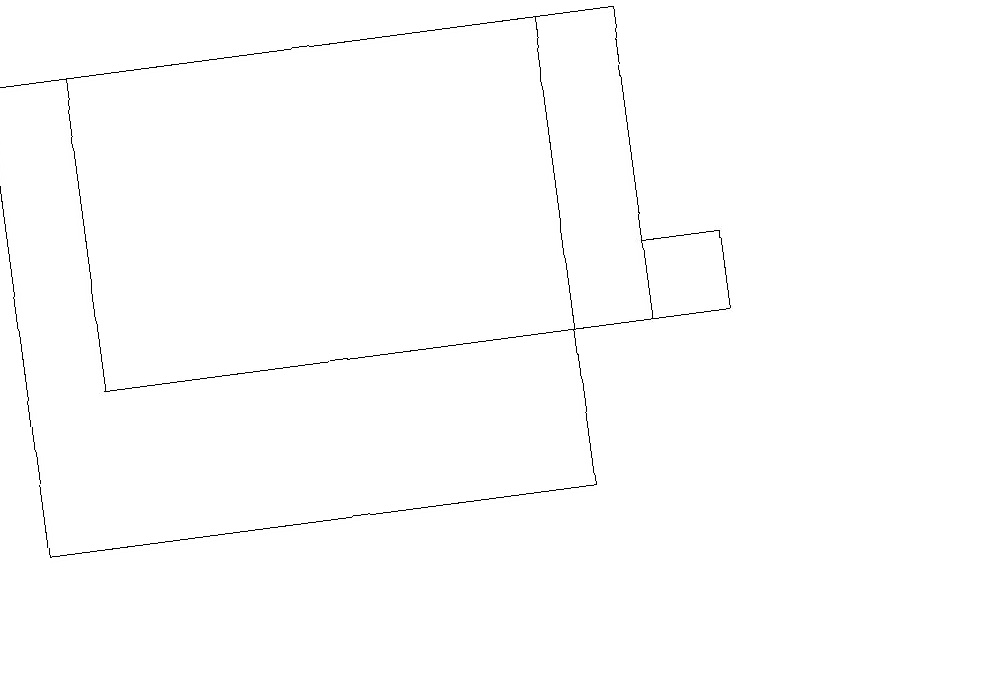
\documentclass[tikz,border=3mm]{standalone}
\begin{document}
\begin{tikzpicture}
\draw (12,11) circle (0);
\draw (0,13) rectangle (7,19);
\draw (1,19) rectangle (8,15);
\draw (8,16) rectangle (9,15);
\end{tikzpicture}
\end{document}